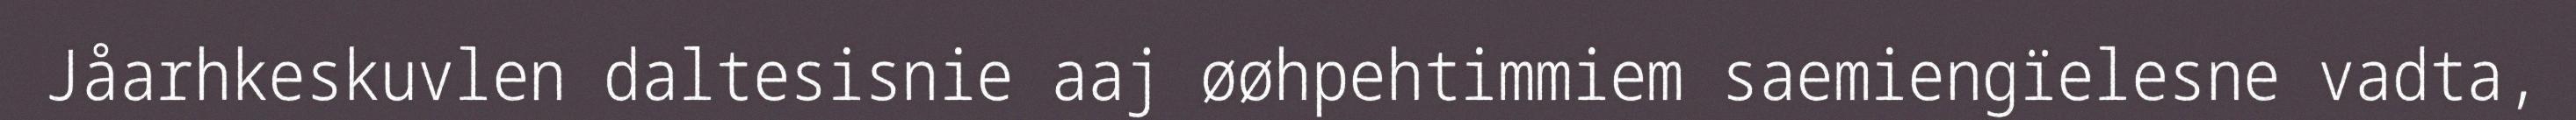
Jåarhkeskuvlen daltesisnie aaj øøhpehtimmiem saemiengïelesne vadta,